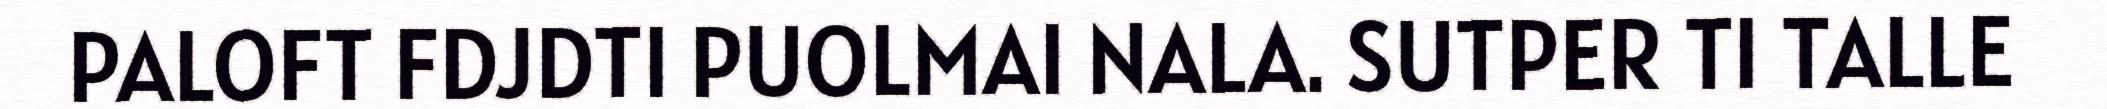
PALOFT FDJDTI PUOLMAI NALA. SUTPER TI TALLE